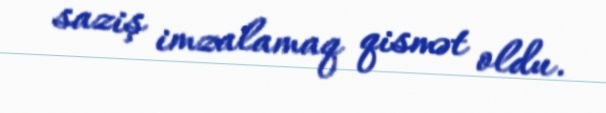
saziş imzalamaq qismət oldu.